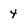
Character: 4